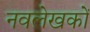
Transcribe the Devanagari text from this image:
नवलेखकों